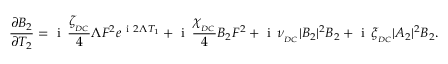
\frac { \partial B _ { 2 } } { \partial T _ { 2 } } = \mathrm { ~ i ~ } \, \frac { \zeta _ { _ { D C } } } { 4 } \Lambda F ^ { 2 } e ^ { \mathrm { ~ i ~ } 2 \Lambda T _ { 1 } } + \mathrm { ~ i ~ } \, \frac { \chi _ { _ { D C } } } { 4 } B _ { 2 } F ^ { 2 } + \mathrm { ~ i ~ } \, \nu _ { _ { D C } } | B _ { 2 } | ^ { 2 } B _ { 2 } + \mathrm { ~ i ~ } \, \xi _ { _ { D C } } | A _ { 2 } | ^ { 2 } B _ { 2 } .